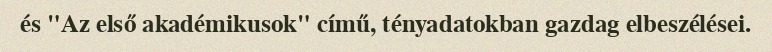
és "Az első akadémikusok" című, tényadatokban gazdag elbeszélései.